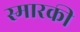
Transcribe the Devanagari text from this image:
स्मारकी